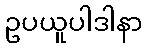
ဥပယူပါဒါနာ